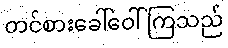
တင်စားခေါ်ဝေါ်ကြသည်